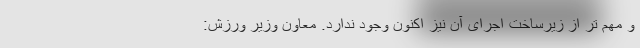
و مهم تر از زیرساخت اجرای آن نیز اکنون وجود ندارد. معاون وزیر ورزش: